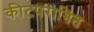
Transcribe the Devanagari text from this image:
कीटपरागित